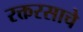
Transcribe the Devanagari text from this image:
रक्तरसाचे